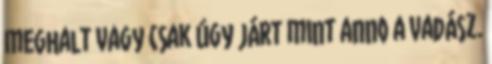
meghalt vagy csak úgy járt mint anno a vadász.